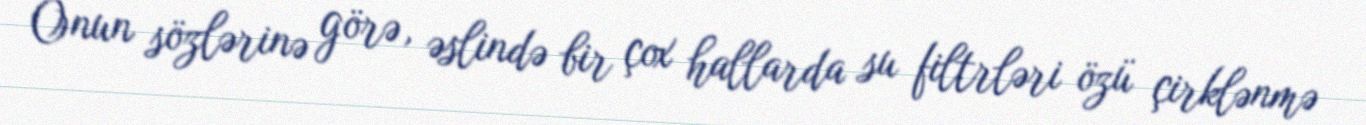
Onun sözlərinə görə, əslində bir çox hallarda su filtrləri özü çirklənmə